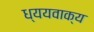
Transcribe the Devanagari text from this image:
ध्ययवाक्य